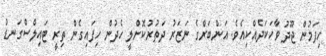
ހިފަމުން ޖޫދު ވާހަކަދެއްކިއެވެ. އަންބަރްގެ ނަޒަރު ދަތުރުކޮށްލީ ހެދުން ހިފައިގެން ތިރީ ޓައިލްސްގަނޑު